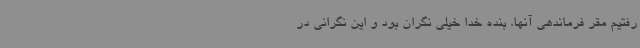
رفتیم مقر فرماندهی آنها. بنده خدا خیلی نگران بود و این نگرانی در